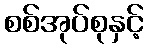
စစ်အုပ်စုနှင့်